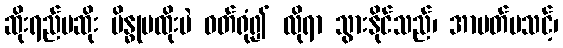
ဆိုးရည်မဆိုး ဗိန္ဓုမထိုးပဲ ဝတ်ရုံ၍ လိုရာ သွားနိုင်သည်၊ အာပတ်မသင့်၊